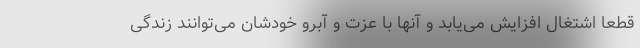
قطعا اشتغال افزایش می‌یابد و آنها با عزت و آبرو خودشان می‌توانند زندگی